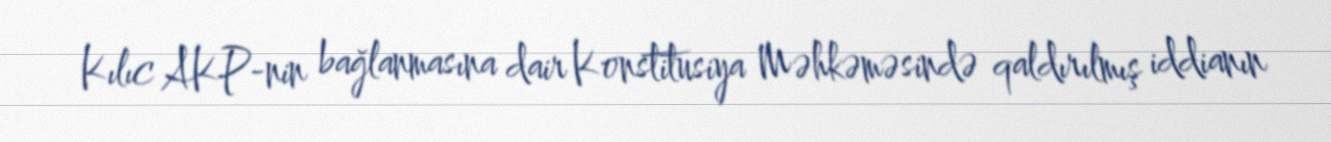
Kılıc AKP-nin bağlanmasına dair Konstitusiya Məhkəməsində qaldırılmış iddianın